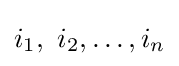
i_{1},\ i_{2},\dots ,i_{n}